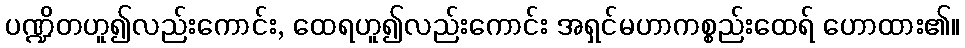
ပဏ္ဍိတဟူ၍လည်းကောင်း, ထေရဟူ၍လည်းကောင်း အရှင်မဟာကစ္စည်းထေရ် ဟောထား၏။